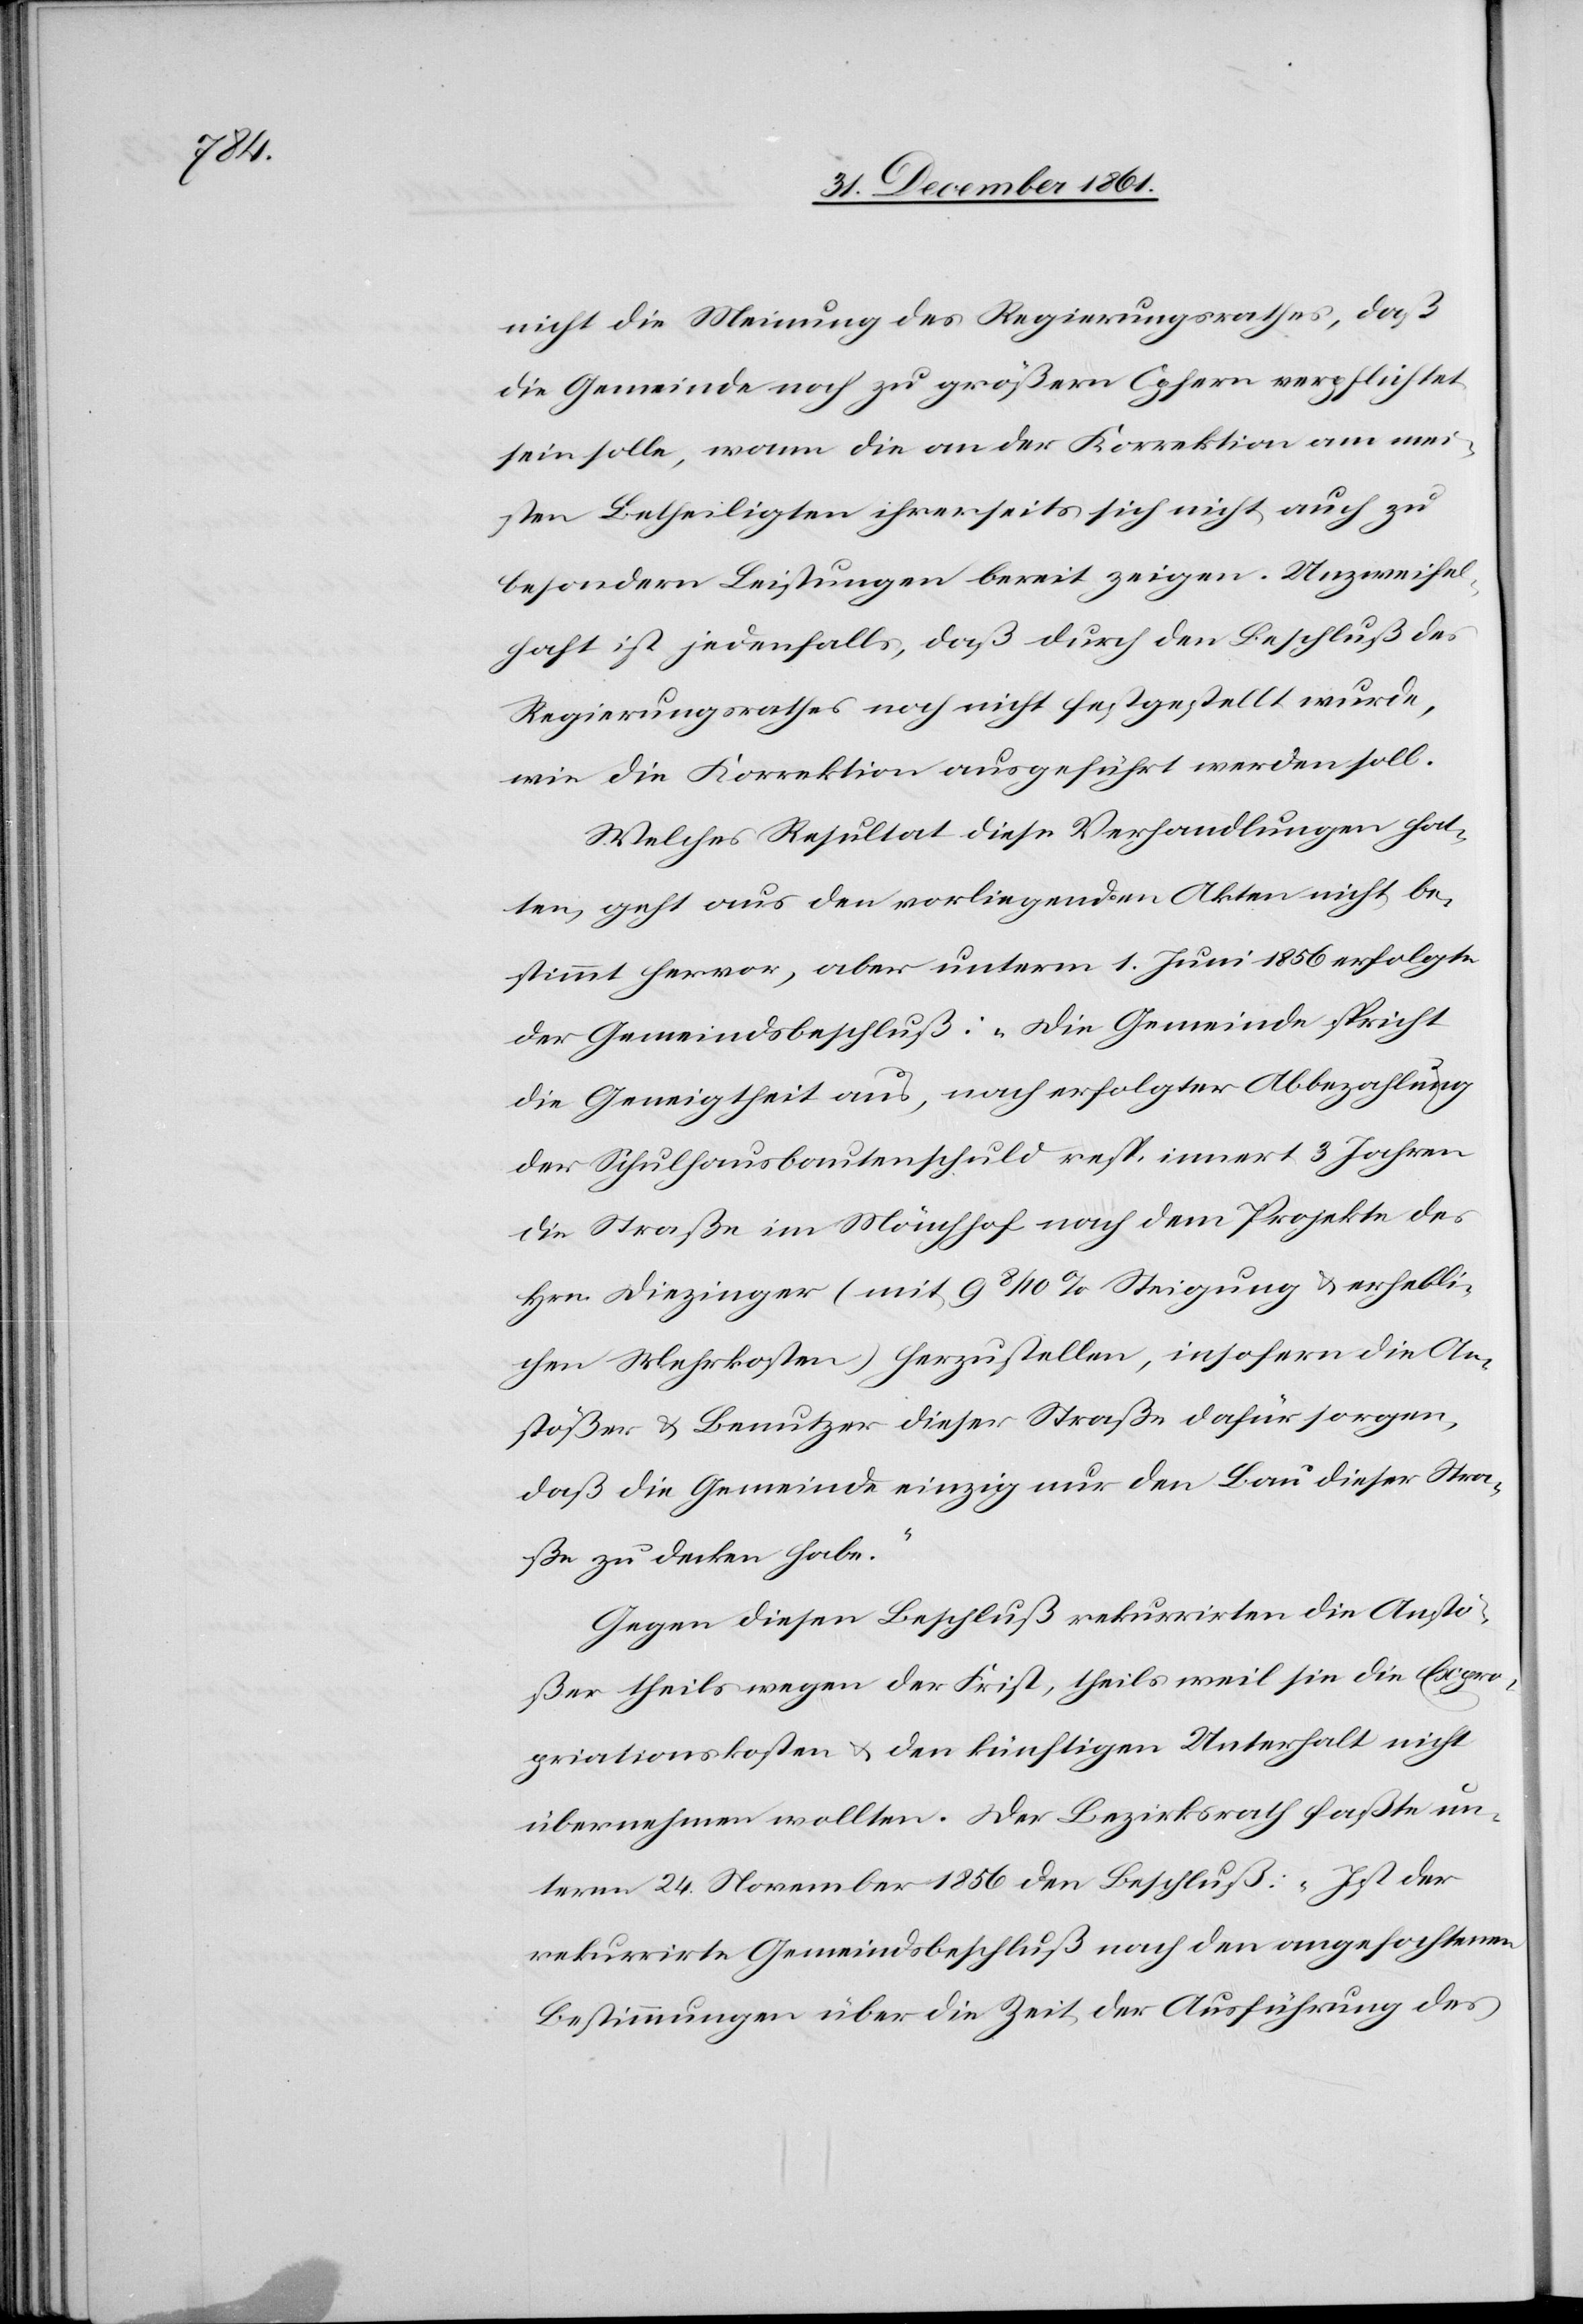
nicht die Meinung des Regierungsrathes, daß
die Gemeinde noch zu größern Opfern verpflichtet
sein solle, wann die an der Korrektion am mei¬
sten Betheiligten ihrerseits sich nicht auch zu
besondern Leistungen bereit zeigen. Unzweifel¬
haft ist jedenfalls, daß durch den Beschluß des
Regierungsrathes noch nicht festgestellt wurde,
wie die Korrektion ausgeführt werden soll.
Welches Resultat diese Verhandlungen hat¬
ten, geht aus den vorliegenden Akten nicht be¬
stimmt hervor, aber unterm 1. Juni 1856 erfolgte
der Gemeindsbeschluß: „Die Gemeinde spricht
die Geneigtheit aus, nach erfolgter Abbezahlung
der Schulhausbautenschuld resp. innert 3 Jahren
die Straße im Mönchhof nach dem Projekte des
Hrn. Diezinger (mit 9 8/10% Steigung u. erhebli¬
chen Mehrkosten) herzustellen, insofern die An¬
stößer u. Benutzer dieser Straße dafür sorgen,
daß die Gemeinde einzig nur den Bau dieser Stra¬
ße zu decken habe.“
Gegen diesen Beschluß rekurrirten die Anstö¬
ßer theils wegen der Frist, theils weil sie Expro¬
priationskosten u. den künftigen Unterhalt nicht
übernehmen wollten. Der Bezirksrath faßte un¬
term 24. November 1856 den Beschluß: „Ist der
rekurrirte Gemeindsbeschluß nach den angefochtenen
Bestimmungen über die Zeit der Ausführung des